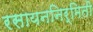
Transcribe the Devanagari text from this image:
रसायननिर्मिती